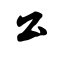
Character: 公